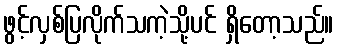
ဖွင့်လှစ်ပြလိုက်သကဲ့သို့ပင် ရှိတော့သည်။